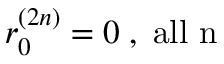
r _ { 0 } ^ { ( 2 n ) } = 0 \; , \; \mathrm { a l l ~ n }